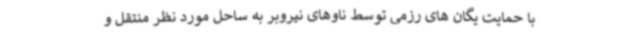
با حمایت یگان های رزمی توسط ناوهای نیروبر به ساحل مورد نظر منتقل و